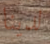
لدينا